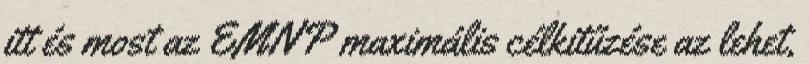
itt és most az EMNP maximális célkitűzése az lehet,